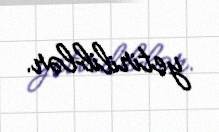
yetiriliblər.